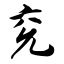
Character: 兖